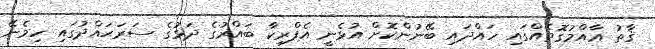
ޤާތު ޢާއްމުގޮތެއްގައި ހައްދައި ބޭނުންކޮށް އުޅެނީ އެފްރިކާ ބައްރުގެ ދަޅުގެ ސަރަޙައްދުގައި ހިމެނޭ